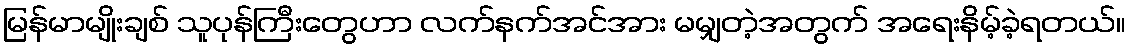
မြန်မာမျိုးချစ် သူပုန်ကြီးတွေဟာ လက်နက်အင်အား မမျှတဲ့အတွက် အရေးနိမ့်ခဲ့ရတယ်။